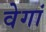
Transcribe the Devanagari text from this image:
वेगां